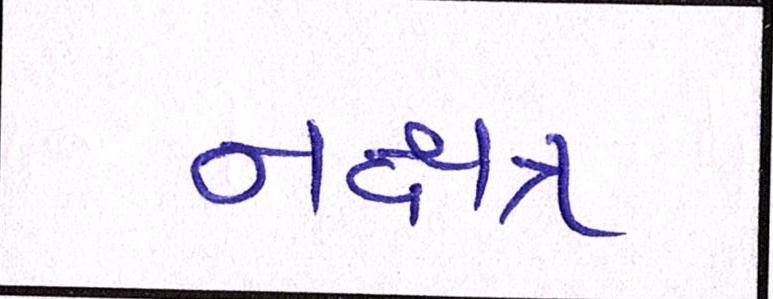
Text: નક્ષત્ર